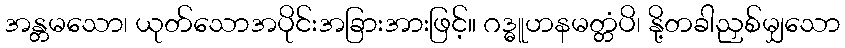
အန္တမသော၊ ယုတ်သောအပိုင်းအခြားအားဖြင့်။ ဂဒ္ဓူဟနမတ္တံပိ၊ နို့တခါညှစ်မျှသော